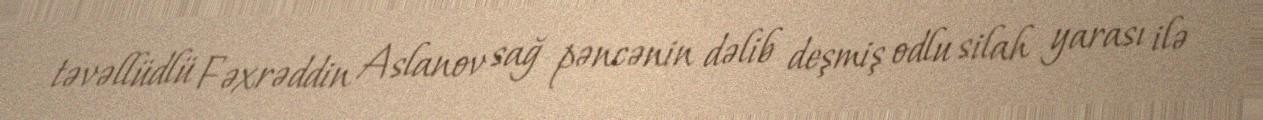
təvəllüdlü Fəxrəddin Aslanov sağ pəncənin dəlib deşmiş odlu silah yarası ilə